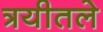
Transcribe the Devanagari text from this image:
त्रयीतले